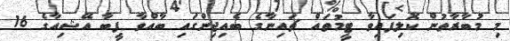
މި މުބާރާތުން ކޮލިފައިވާ ޓީމުތައް ޗައިނާގެ ބެެއިޖިންގައި ބާއްވާ ފީބާ އޭޝިއާގެ 16